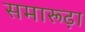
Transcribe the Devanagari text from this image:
समारूढ़ा